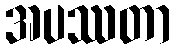
အပဿတာ